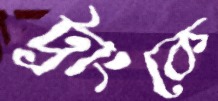
ট্রাংকে